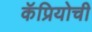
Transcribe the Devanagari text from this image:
कॅप्रियोची